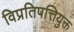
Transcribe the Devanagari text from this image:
विप्रतिपत्तियुक्त